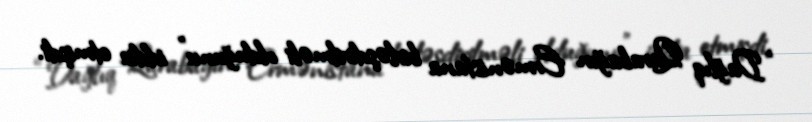
“Dağlıq Qarabağın Ermənistana birləşdirilməli olduğunu” iddia etmişdi.